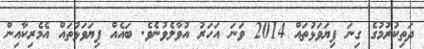
ދަތިކުރުމުގެ ގިނަ ފިޔަވަޅުތައް 2014 ވަނަ އަހަރު އުވާލެވުނެވެ. ބައެއް ފިޔަވަޅުތައް އެމެރިކާއިން